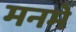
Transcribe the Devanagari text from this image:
मनमेँ